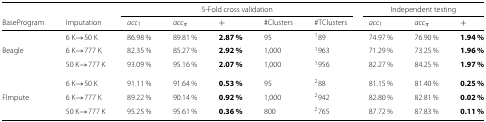
| <COLSPAN=2>  | <COLSPAN=4> 5-Fold cross validation |  | <COLSPAN=3> Independent testing |
 | BaseProgram | Imputation | acc1 | accπ | + | #Clusters | #TClusters | acc1 | accπ | + |
 | --- | --- | --- | --- | --- | --- | --- | --- | --- | --- |
 |  | 6 K →50 K | 86.98 % | 89.81 % | 2.87 % | 95 | 189 | 74.97 % | 76.90 % | 1.94 % |
 | Beagle | 6 K →777 K | 82.35 % | 85.27 % | 2.92 % | 1,000 | 1963 | 71.29 % | 73.25 % | 1.96 % |
 |  | 50 K →777 K | 93.09 % | 95.16 % | 2.07 % | 1,000 | 1956 | 82.27 % | 84.25 % | 1.97 % |
 |  | 6 K →50 K | 91.11 % | 91.64 % | 0.53 % | 95 | 288 | 81.15 % | 81.40 % | 0.25 % |
 | FImpute | 6 K →777 K | 89.22 % | 90.14 % | 0.92 % | 1,000 | 2942 | 82.80 % | 82.81 % | 0.02 % |
 |  | 50 K →777 K | 95.25 % | 95.61 % | 0.36 % | 800 | 2765 | 87.72 % | 87.83 % | 0.11 % |